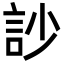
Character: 訬